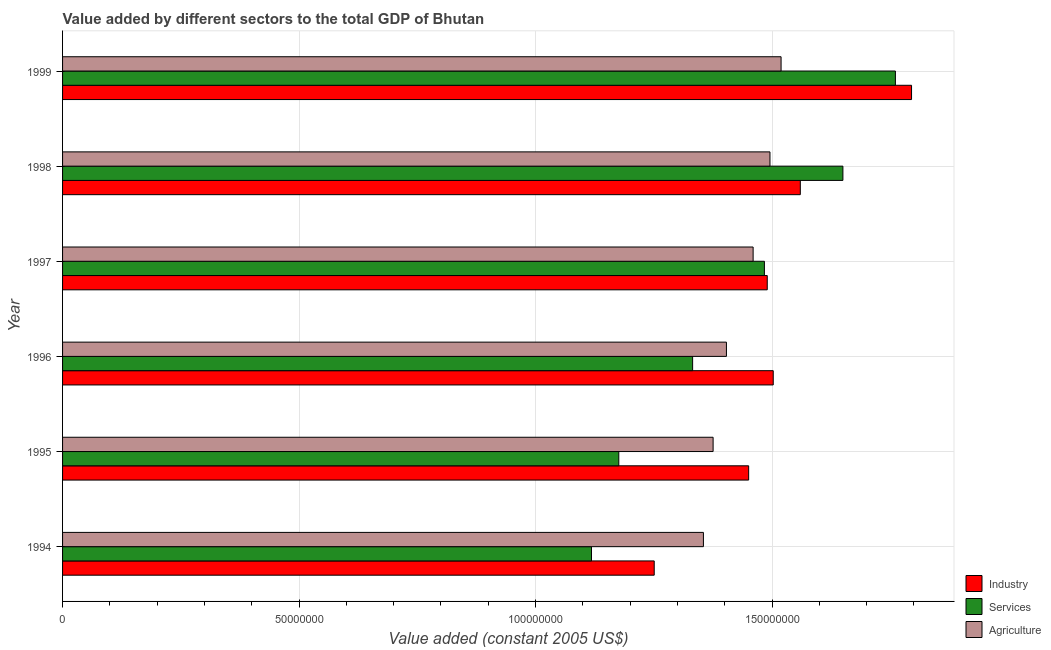
| Year | Industry | Services | Agriculture |
 | --- | --- | --- | --- |
 | 1994 | 1.25e+08 | 1.12e+08 | 1.35e+08 |
 | 1995 | 1.45e+08 | 1.18e+08 | 1.38e+08 |
 | 1996 | 1.5e+08 | 1.33e+08 | 1.4e+08 |
 | 1997 | 1.49e+08 | 1.48e+08 | 1.46e+08 |
 | 1998 | 1.56e+08 | 1.65e+08 | 1.5e+08 |
 | 1999 | 1.79e+08 | 1.76e+08 | 1.52e+08 |